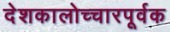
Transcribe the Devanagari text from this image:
देशकालोच्चारपूर्वक